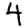
Digit: 4